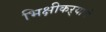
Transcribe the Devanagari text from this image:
भिक्षीकऱ्याचे